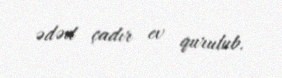
ədəd çadır ev qurulub.